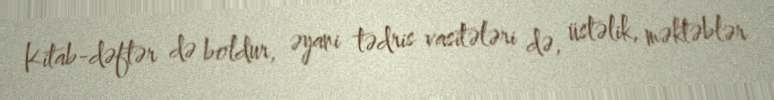
Kitab-dəftər də boldur, əyani tədris vasitələri də, üstəlik, məktəblər